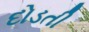
દોડતી